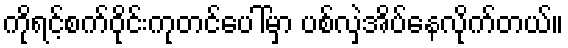
ကိုရင့်စက်ဝိုင်းကုတင်ပေါ်မှာ ပစ်လှဲအိပ်နေလိုက်တယ်။